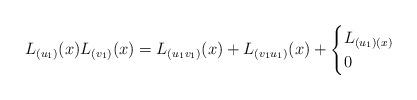
LaTeX: \begin{align*}L_{(u_1)}(x) L_{(v_1)}(x)= L_{(u_1v_1)}(x) + L_{(v_1u_1)}(x) +\begin{cases}L_{(u_1)(x)} & \\0 & \end{cases}\end{align*}